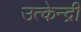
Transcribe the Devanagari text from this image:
उत्केन्द्री